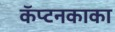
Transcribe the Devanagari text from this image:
कॅप्टनकाका